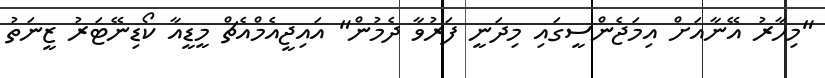
"މިހާރު އޭނާއަށް އިމަޖެންސީގައި މިދަނީ ފަރުވާ ދެމުން" އައިޖީއެމްއެޗް މީޑީއާ ކޯޑިނޭޓަރު ޒީނަތު